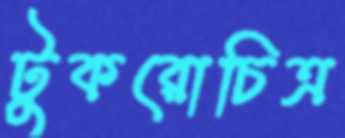
টুকরোচিত্র